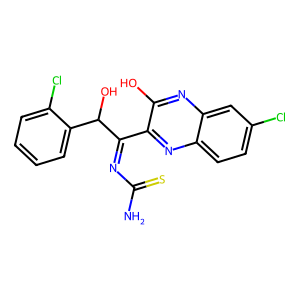
SMILES: NC(=S)N=C(c1nc2ccc(Cl)cc2nc1O)C(O)c1ccccc1Cl
Inhibits HIV replication: No